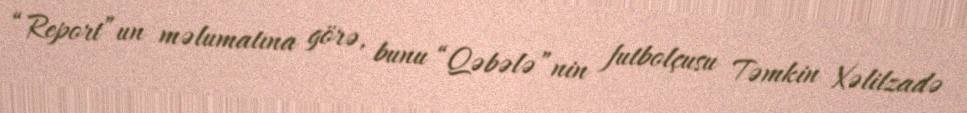
“Report”un məlumatına görə, bunu “Qəbələ”nin futbolçusu Təmkin Xəlilzadə